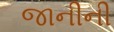
જાનીની